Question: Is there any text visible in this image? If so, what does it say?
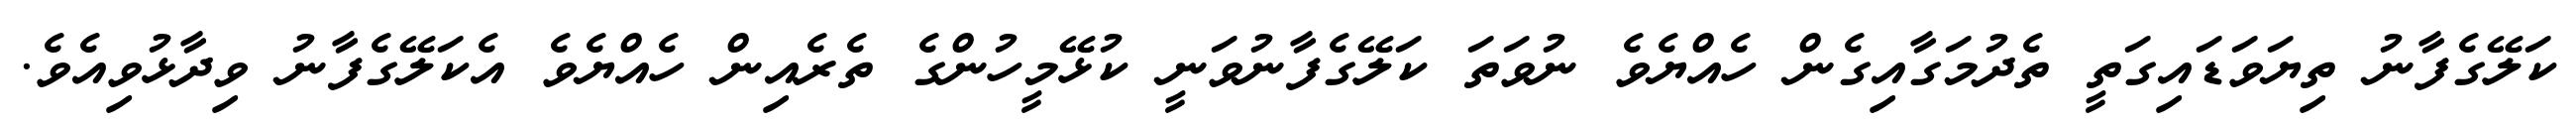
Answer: ކަލޭގެފާނު ތިޔަވަޑައިގަތީ ތެދުމަގާއިގެން ހެއްޔެވެ ނުވަތަ ކަލޭގެފާނުވަނީ ކުޅޭމީހުންގެ ތެރެއިން ހެއްޔެވެ އެކަލޭގެފާނު ވިދާޅުވިއެވެ.